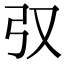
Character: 𢎤